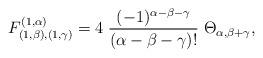
LaTeX: \begin{align*}F^{(1,\alpha)}_{(1,\beta),(1,\gamma)}=4\;\frac{(-1)^{\alpha-\beta-\gamma}}{(\alpha-\beta-\gamma)!}\;\Theta_{\alpha,\beta+\gamma},\end{align*}